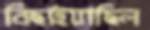
বিছাইয়াছিল